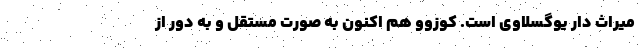
میراث دار یوگسلاوی است. کوزوو هم اکنون به صورت مستقل و به دور از